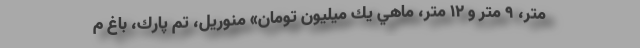
متر، 9 متر و 12 متر، ماهي يك ميليون تومان» منوريل، تم پارك، باغ م